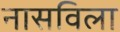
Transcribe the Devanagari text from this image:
नासविला